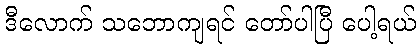
ဒီလောက် သဘောကျရင် တော်ပါပြီ ပေါ့ရယ်